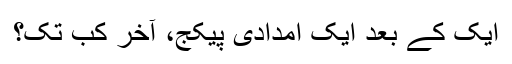
ایک کے بعد ایک امدادی پیکج، آخر کب تک؟